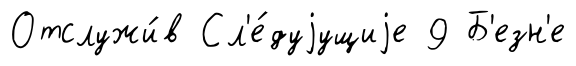
Отслужи́в Сл'е́дуjущиjе 9 Б'езн'е